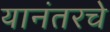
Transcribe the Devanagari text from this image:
यानंतरचे